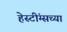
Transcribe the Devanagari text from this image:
हेस्टींग्सच्या